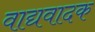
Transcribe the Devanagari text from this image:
वाद्यवादक